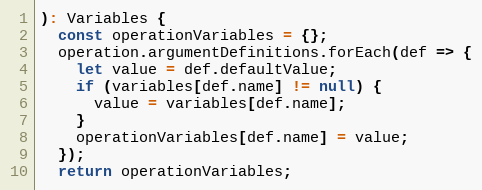
Language: JavaScript
): Variables {
  const operationVariables = {};
  operation.argumentDefinitions.forEach(def => {
    let value = def.defaultValue;
    if (variables[def.name] != null) {
      value = variables[def.name];
    }
    operationVariables[def.name] = value;
  });
  return operationVariables;